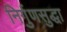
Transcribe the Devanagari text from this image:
निर्गुणसुद्धा